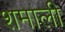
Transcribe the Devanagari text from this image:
शमाली